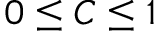
0 \le C \le 1